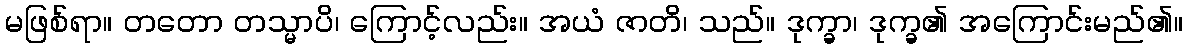
မဖြစ်ရာ။ တတော တသ္မာပိ၊ ကြောင့်လည်း။ အယံ ဇာတိ၊ သည်။ ဒုက္ခာ၊ ဒုက္ခ၏ အကြောင်းမည်၏။